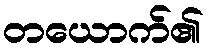
တယောက်၏